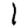
Digit: 1